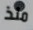
منذ